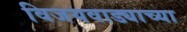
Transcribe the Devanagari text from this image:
विजयवाड्याच्या